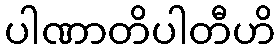
ပါဏာတိပါတီဟိ